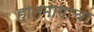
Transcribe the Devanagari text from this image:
हातमागाचा